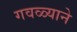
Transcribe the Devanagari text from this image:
गवळ्याने